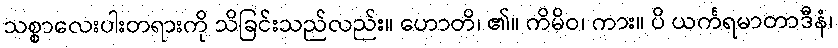
သစ္စာလေးပါးတရားကို သိခြင်းသည်လည်း။ ဟောတိ၊ ၏။ ကိမိဝ၊ ကား။ ပိ ယင်္ကရမာတာဒီနံ၊